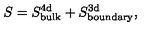
S = S _ { \mathrm { b u l k } } ^ { \mathrm { 4 d } } + S _ { \mathrm { b o u n d a r y } } ^ { \mathrm { 3 d } } ,